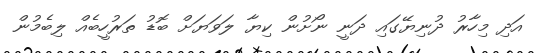
އަދި މިހާރު ދުނިޔޭގައި ދަނީ ނޯށުން ކިޔާ ލަވަޔަށް ބޮޑު ތަރުހީބެއް ލިބެމުން